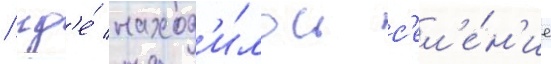
/ гд'е́ наход'и́лось с'ел'е́н'ие